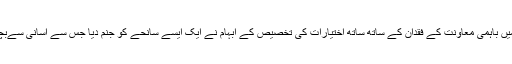
جہاں اداروں میں باہمی معاونت کے فقدان کے ساتھ ساتھ اختیارات کی تخصیص کے ابہام نے ایک ایسے سانحے کو جنم دیا جس سے آسانی سےبچا جا سکتا تھا۔